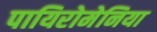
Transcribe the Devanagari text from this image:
पायिरोमेनिया